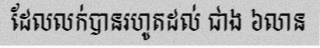
ដែលលក់បានរហូតដល់ ជាង ៦លាន